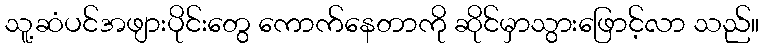
သူ့ဆံပင်အဖျားပိုင်းတွေ ကောက်နေတာကို ဆိုင်မှာသွားဖြောင့်လာ သည်။